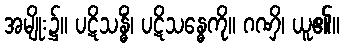
အမျိုး၌။ ပဋိသန္ဓိံ၊ ပဋိသန္ဓေကို။ ဂဏှိ၊ ယူ၏။